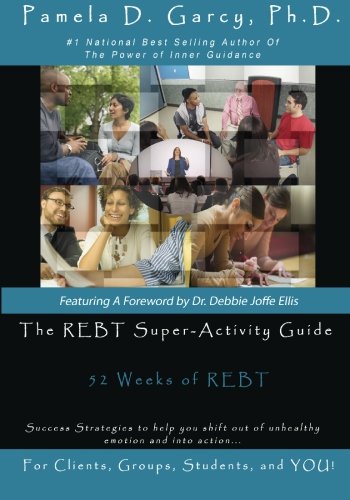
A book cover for The REBT Super-Activity Guide: 52 Weeks of REBT For Clients, Groups, Students, and YOU!; Pamela D. Garcy Ph.D.; Medical Books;